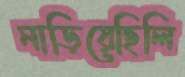
নাড়িয়েছিলি